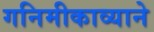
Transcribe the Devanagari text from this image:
गनिमीकाव्याने